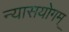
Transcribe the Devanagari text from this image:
न्यासयोगम्